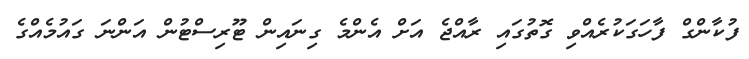
ފުކާންގް ފާހަގަކުރެއްވި ގޮތުގައި ރާއްޖެ އަށް އެންމެ ގިނައިން ޓޫރިސްޓުން އަންނަ ގައުމެއްގެ